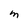
Character: m